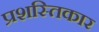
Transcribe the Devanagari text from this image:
प्रशस्तिकार